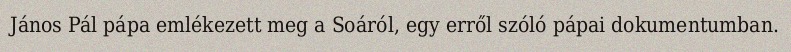
János Pál pápa emlékezett meg a Soáról, egy erről szóló pápai dokumentumban.